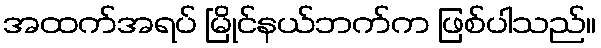
အထက်အရပ် မြိုင်နယ်ဘက်က ဖြစ်ပါသည်။